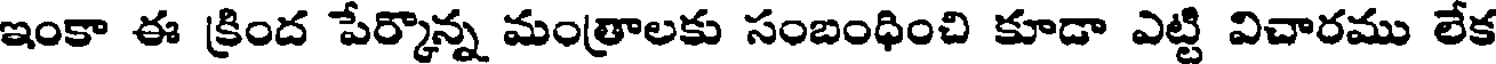
ఇంకా ఈ క్రింద పేర్కొన్న మంత్రాలకు సంబంధించి కూడా ఎట్టి విచారము లేక